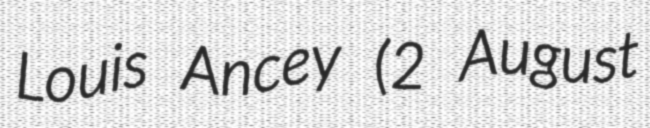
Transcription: Louis Ancey (2 August